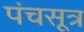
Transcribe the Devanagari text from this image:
पंचसूत्र